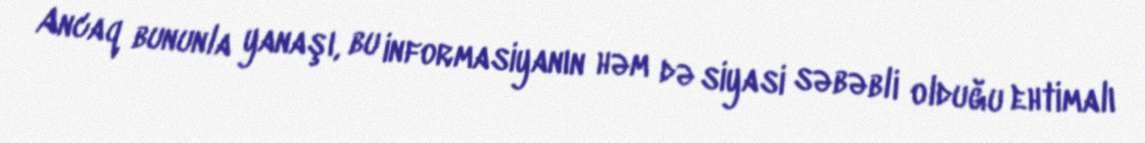
Ancaq bununla yanaşı, bu informasiyanın həm də siyasi səbəbli olduğu ehtimalı